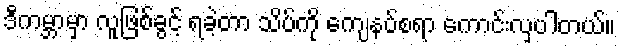
ဒီကမ္ဘာမှာ လူဖြစ်ခွင့် ရခဲ့တာ သိပ်ကို ကျေနပ်စရာ ကောင်းလှပါတယ်။